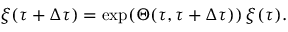
\begin{array} { r } { \ensuremath { \boldsymbol { \xi } } ( \tau + \Delta \tau ) = \exp ( \Theta ( \tau , \tau + \Delta \tau ) ) \, \ensuremath { \boldsymbol { \xi } } ( \tau ) . } \end{array}